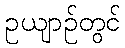
ဥယျာဉ်တွင်